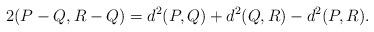
LaTeX: \begin{align*}2(P-Q,R-Q)=d^2(P,Q)+d^2(Q,R)-d^2(P,R).\end{align*}